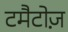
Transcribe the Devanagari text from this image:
टमैटोज़